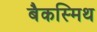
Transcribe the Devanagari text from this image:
बैकस्मिथ